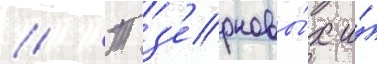
// Т з'ерновы́х и́